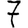
Digit: 7